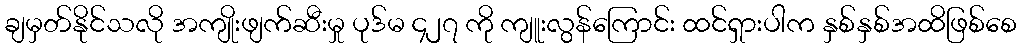
ချမှတ်နိုင်သလို အကျိုးဖျက်ဆီးမှု ပုဒ်မ ၄၂၇ ကို ကျူးလွန်ကြောင်း ထင်ရှားပါက နှစ်နှစ်အထိဖြစ်စေ